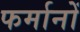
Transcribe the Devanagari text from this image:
फर्मानों